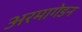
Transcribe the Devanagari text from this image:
अरमागेडन